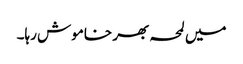
میں لمحہ بھر خاموش رہا۔